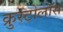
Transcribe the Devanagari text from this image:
क्रुस्टोलॉस